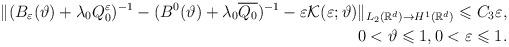
LaTeX: \begin{align*}\Vert (B_\varepsilon (\vartheta)+\lambda _0 Q_0^\varepsilon )^{-1}-(B^0(\vartheta )+\lambda _0 \overline{Q_0})^{-1}-\varepsilon \mathcal{K}(\varepsilon ;\vartheta)\Vert _{L_2(\mathbb{R}^d)\rightarrow H^1(\mathbb{R}^d)}\leqslant C_3\varepsilon ,\\0 < \vartheta \leqslant 1,0<\varepsilon \leqslant 1.\end{align*}